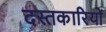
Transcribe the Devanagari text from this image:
दस्तकारियों